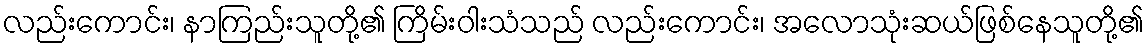
လည်းကောင်း၊ နာကြည်းသူတို့၏ ကြိမ်းဝါးသံသည် လည်းကောင်း၊ အလောသုံးဆယ်ဖြစ်နေသူတို့၏